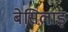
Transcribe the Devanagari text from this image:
बेसिलाइ